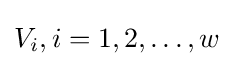
V_{i},i=1,2,\dots ,w